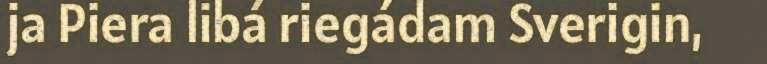
ja Piera libá riegádam Sverigin,